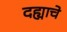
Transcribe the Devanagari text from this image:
दह्याचे